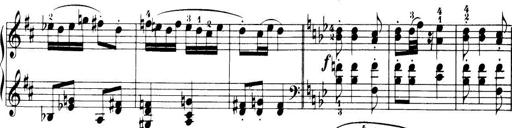
Title: 32 Sonatinas and Rondos for the Piano
Composer: Richard Kleinmichel